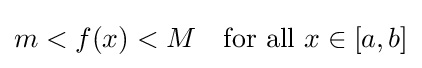
m<f(x)<M\quad {\text{for all }}x\in [a,b]